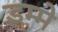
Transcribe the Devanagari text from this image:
डम्मे